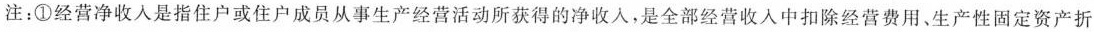
注：①经营净收入是指住户或住户成员从事生产经营活动所获得的净收入，是全部经营收人中扣除经营费用、生产性固定资产折